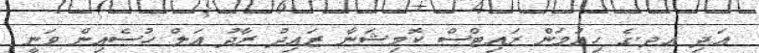
އަދި އދ.ގެ ހިއުމަން ރައިޓްސް ކޮމިޝަނާ ޒައިދު ރާދު އަލް ހުސެއިން ވަނީ